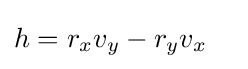
h=r_{x}v_{y}-r_{y}v_{x}\quad